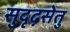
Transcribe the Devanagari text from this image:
सुदृढ़सेतु